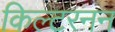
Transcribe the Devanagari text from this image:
किल्टरनन